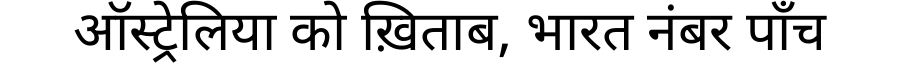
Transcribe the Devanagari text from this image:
ऑस्ट्रेलिया को ख़िताब, भारत नंबर पाँच